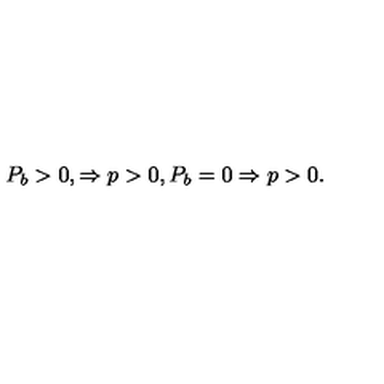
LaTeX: P _ { b } > 0 , \Rightarrow p > 0 , P _ { b } = 0 \Rightarrow p > 0 .